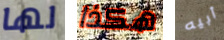
لها هكذا أبيه